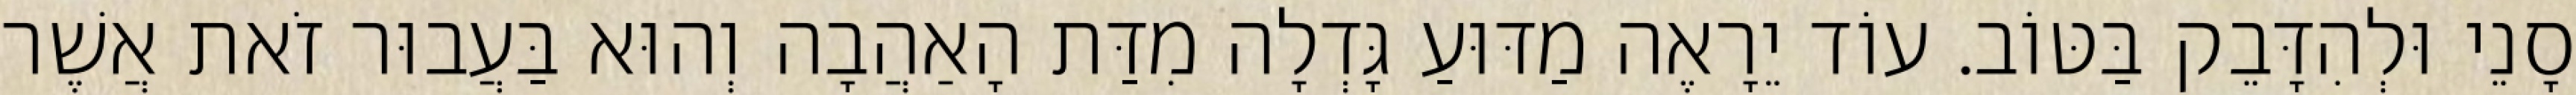
סָנֵי וּלְהִדָּבֵק בַּטּוֹב. עוֹד יֵרָאֶה מַדּוּעַ גָּדְלָה מִדַּת הָאַהֲבָה וְהוּא בַּעֲבוּר זֹאת אֲשֶׁר